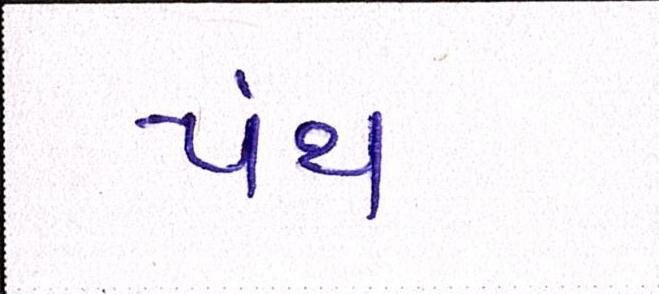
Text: પંથ